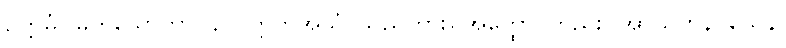
ဥတ္တမံ၊ မြတ်သောဘာဝနာ။ ဣတိအယံ၊ သည်ကား။ အတ္ထော၊ တည်း။ အာယူဟနဝသေန၊